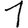
Digit: 1